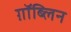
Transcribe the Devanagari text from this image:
ग़ॉब्लिन